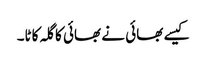
کیسے بھائی نے بھائی کا گلہ کاٹا۔